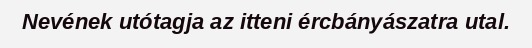
Nevének utótagja az itteni ércbányászatra utal.